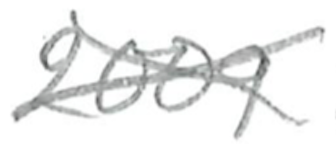
Text: 2009
Cross-out: cross
Writing tool: pencil